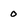
Character: 0